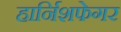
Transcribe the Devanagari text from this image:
हार्निशफेगर